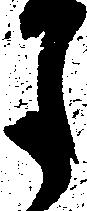
月